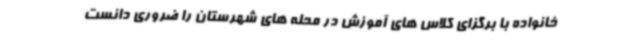
خانواده با برگزای کلاس های آموزش در محله های شهرستان را ضروری دانست